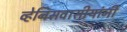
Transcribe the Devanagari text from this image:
व्हेनिसवासीयांनी